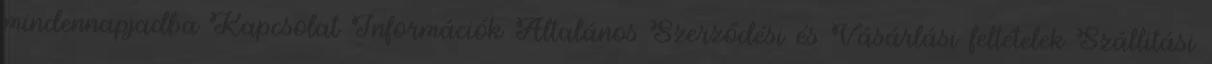
mindennapjadba Kapcsolat Információk Általános Szerződési és Vásárlási feltételek Szállítási